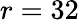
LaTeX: r=32